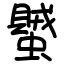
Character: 蠈